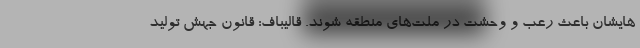
هایشان باعث رعب و وحشت در ملت‌های منطقه شوند. قالیباف: قانون جهش تولید